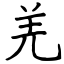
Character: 羌